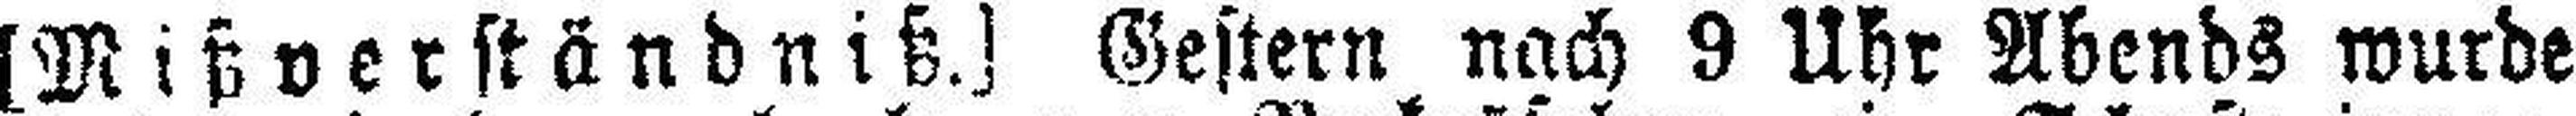
[Mißverständniß.] Gestern nach 9 Uhr Abends wurde